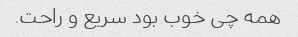
همه چی خوب بود سریع و راحت.